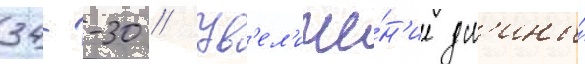
34--30 // Ув'ел'иче́н'ие дл'ины́